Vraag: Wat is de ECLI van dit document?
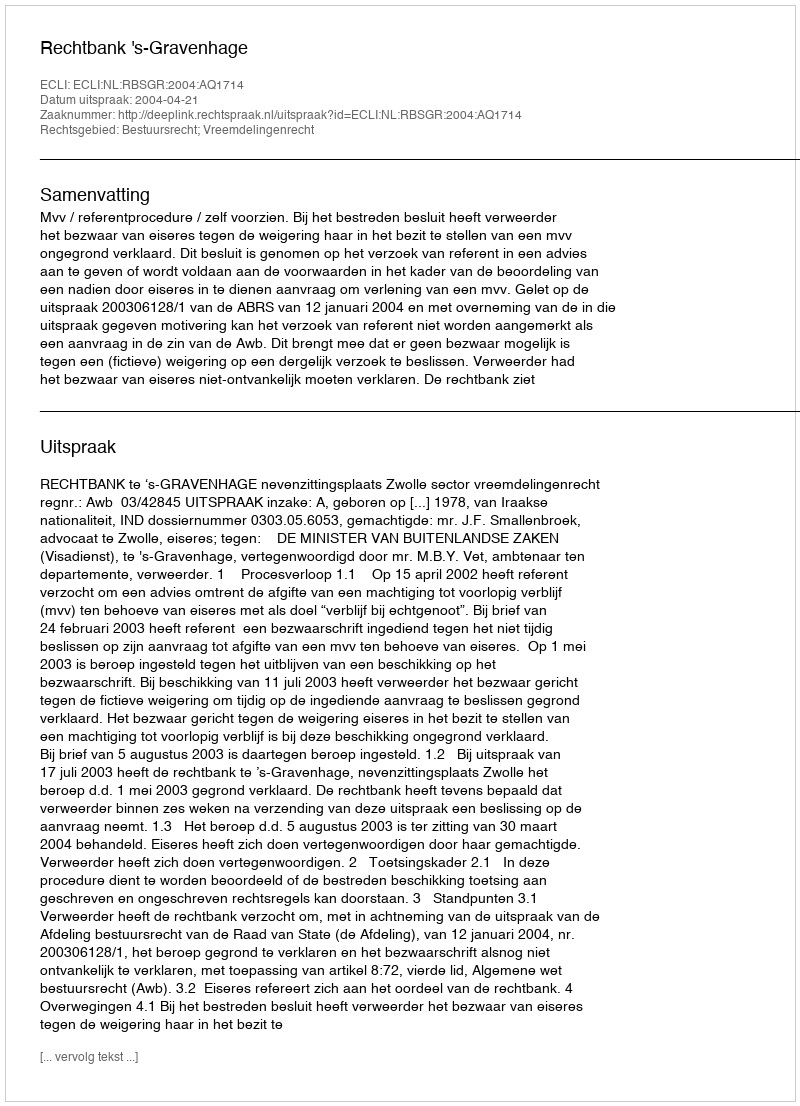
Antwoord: ECLI:NL:RBSGR:2004:AQ1714